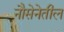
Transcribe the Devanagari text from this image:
नौसेनेतील